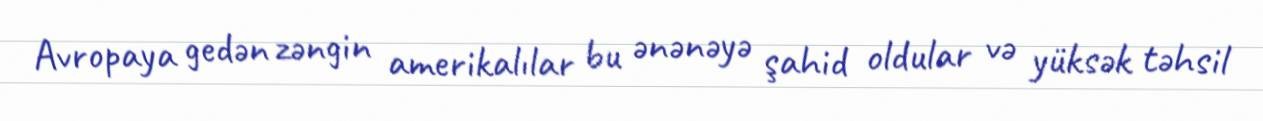
Avropaya gedən zəngin amerikalılar bu ənənəyə şahid oldular və yüksək təhsil